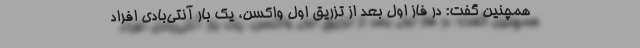
همچنین گفت: در فاز اول بعد از تزریق اول واکسن، یک بار آنتی‌بادی افراد